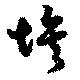
埃